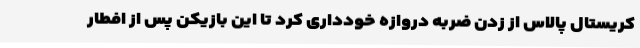
کریستال پالاس از زدن ضربه دروازه خودداری کرد تا این بازیکن پس از افطار